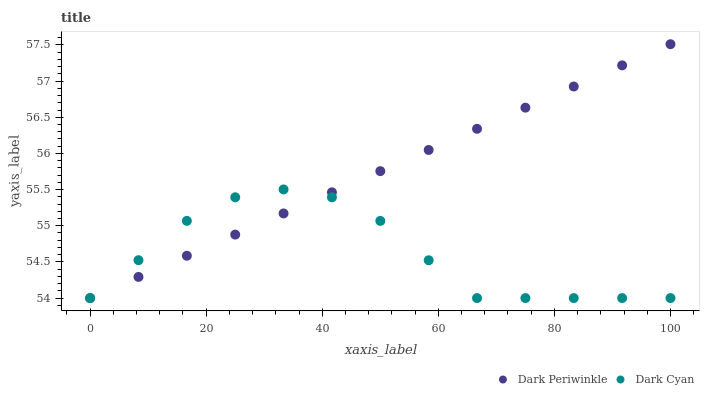
| xaxis_label | Dark Periwinkle | Dark Cyan |
 | --- | --- | --- |
 | 0 | 54 | 54 |
 | 8.33 | 54.3 | 54.5 |
 | 16.7 | 54.6 | 55.1 |
 | 25 | 54.9 | 55.4 |
 | 33.3 | 55.2 | 55.5 |
 | 41.7 | 55.5 | 55.4 |
 | 50 | 55.8 | 55.1 |
 | 58.3 | 56 | 54.5 |
 | 66.7 | 56.3 | 54 |
 | 75 | 56.6 | 54 |
 | 83.3 | 56.9 | 54 |
 | 91.7 | 57.2 | 54 |
 | 100 | 57.5 | 54 |